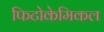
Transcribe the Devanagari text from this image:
फिटोकेमिकल